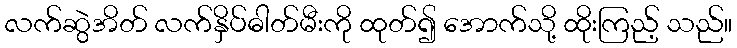
လက်ဆွဲအိတ် လက်နှိပ်ဓါတ်မီးကို ထုတ်၍ အောက်သို့ ထိုးကြည့် သည်။